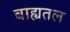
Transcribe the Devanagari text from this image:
बाह्यतल